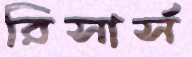
রিসার্স